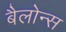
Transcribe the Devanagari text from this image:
बैलोन्स